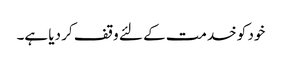
خود کو خدمت کے لئے وقف کر دیا ہے۔